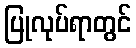
ပြုလုပ်ရာတွင်